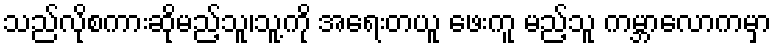
သည်လိုစကားဆိုမည့်သူ၊သူ့ကို အရေးတယူ ဖေးကူ မည့်သူ ကမ္ဘာလောကမှာ